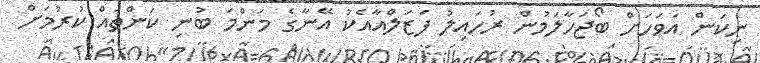
ނިކަން އަވަހަށް ބޯޖަހާލަމުން ރުހައިލު ފަޒަލްއާއެކު އޭނާގެ މަންމަ ބުނި ކަންތައް ކުރުމަށް